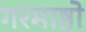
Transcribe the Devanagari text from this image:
गरमाष्ठो